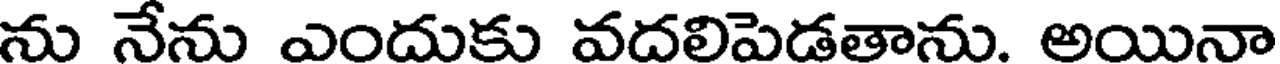
ను నేను ఎందుకు వదలిపెడతాను. అయినా